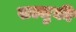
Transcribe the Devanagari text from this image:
सल्जुकी